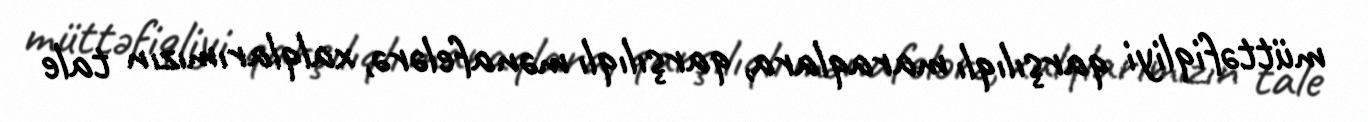
müttəfiqliyi qarşılıqlı maraqlara, qarşılıqlı mənafelərə, xalqlarımızın tale